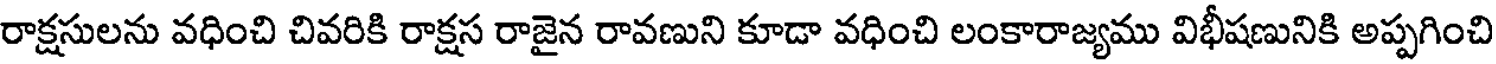
రాక్షసులను వధించి చివరికి రాక్షస రాజైన రావణుని కూడా వధించి లంకారాజ్యము విభీషణునికి అప్పగించి